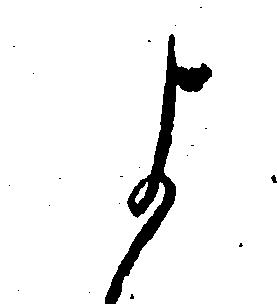
よ